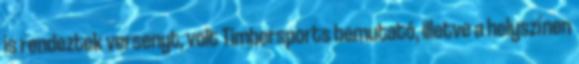
is rendeztek versenyt, volt Timbersports bemutató, illetve a helyszínen